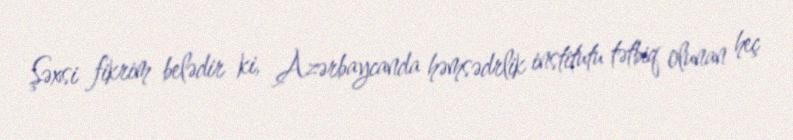
Şəxsi fikrim belədir ki, Azərbaycanda həmsədrlik institutu tətbiq olunan heç